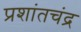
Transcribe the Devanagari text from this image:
प्रशांतचंद्र